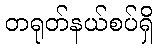
တရုတ်နယ်စပ်ရှိ